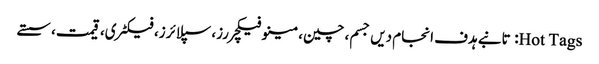
Hot Tags: تانبے ہدف انجام دیں جسم، چین، مینوفیکچررز، سپلائرز، فیکٹری، قیمت، سستے